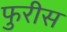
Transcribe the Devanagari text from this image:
फुरीस